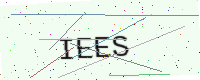
Text: IEES